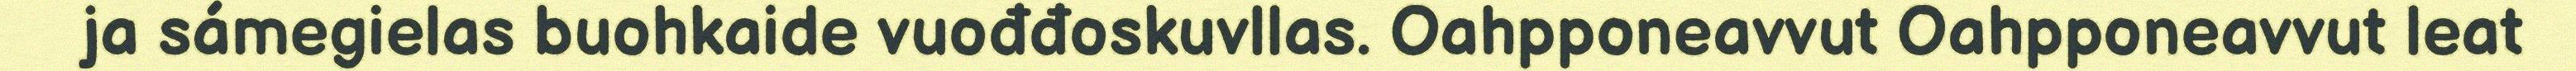
ja sámegielas buohkaide vuođđoskuvllas. Oahpponeavvut Oahpponeavvut leat